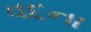
વદના